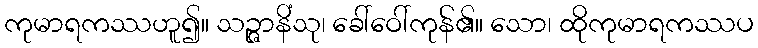
ကုမာရကဿဟူ၍။ သဉ္ဇာနိံသု၊ ခေါ်ဝေါ်ကုန်၏။ သော၊ ထိုကုမာရကဿပ